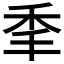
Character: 𰨝